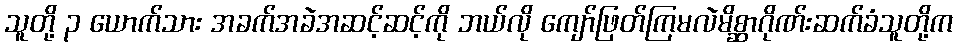
သူတို့ ၃ ယောက်သား အခက်အခဲအဆင့်ဆင့်ကို ဘယ်လို ကျော်ဖြတ်ကြမလဲမိစ္ဆာဂိုဏ်းဆက်ခံသူတို့က